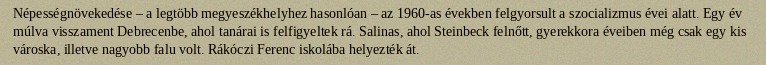
Népességnövekedése – a legtöbb megyeszékhelyhez hasonlóan – az 1960-as években felgyorsult a szocializmus évei alatt. Egy év múlva visszament Debrecenbe, ahol tanárai is felfigyeltek rá. Salinas, ahol Steinbeck felnőtt, gyerekkora éveiben még csak egy kis városka, illetve nagyobb falu volt. Rákóczi Ferenc iskolába helyezték át.